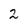
Character: 2